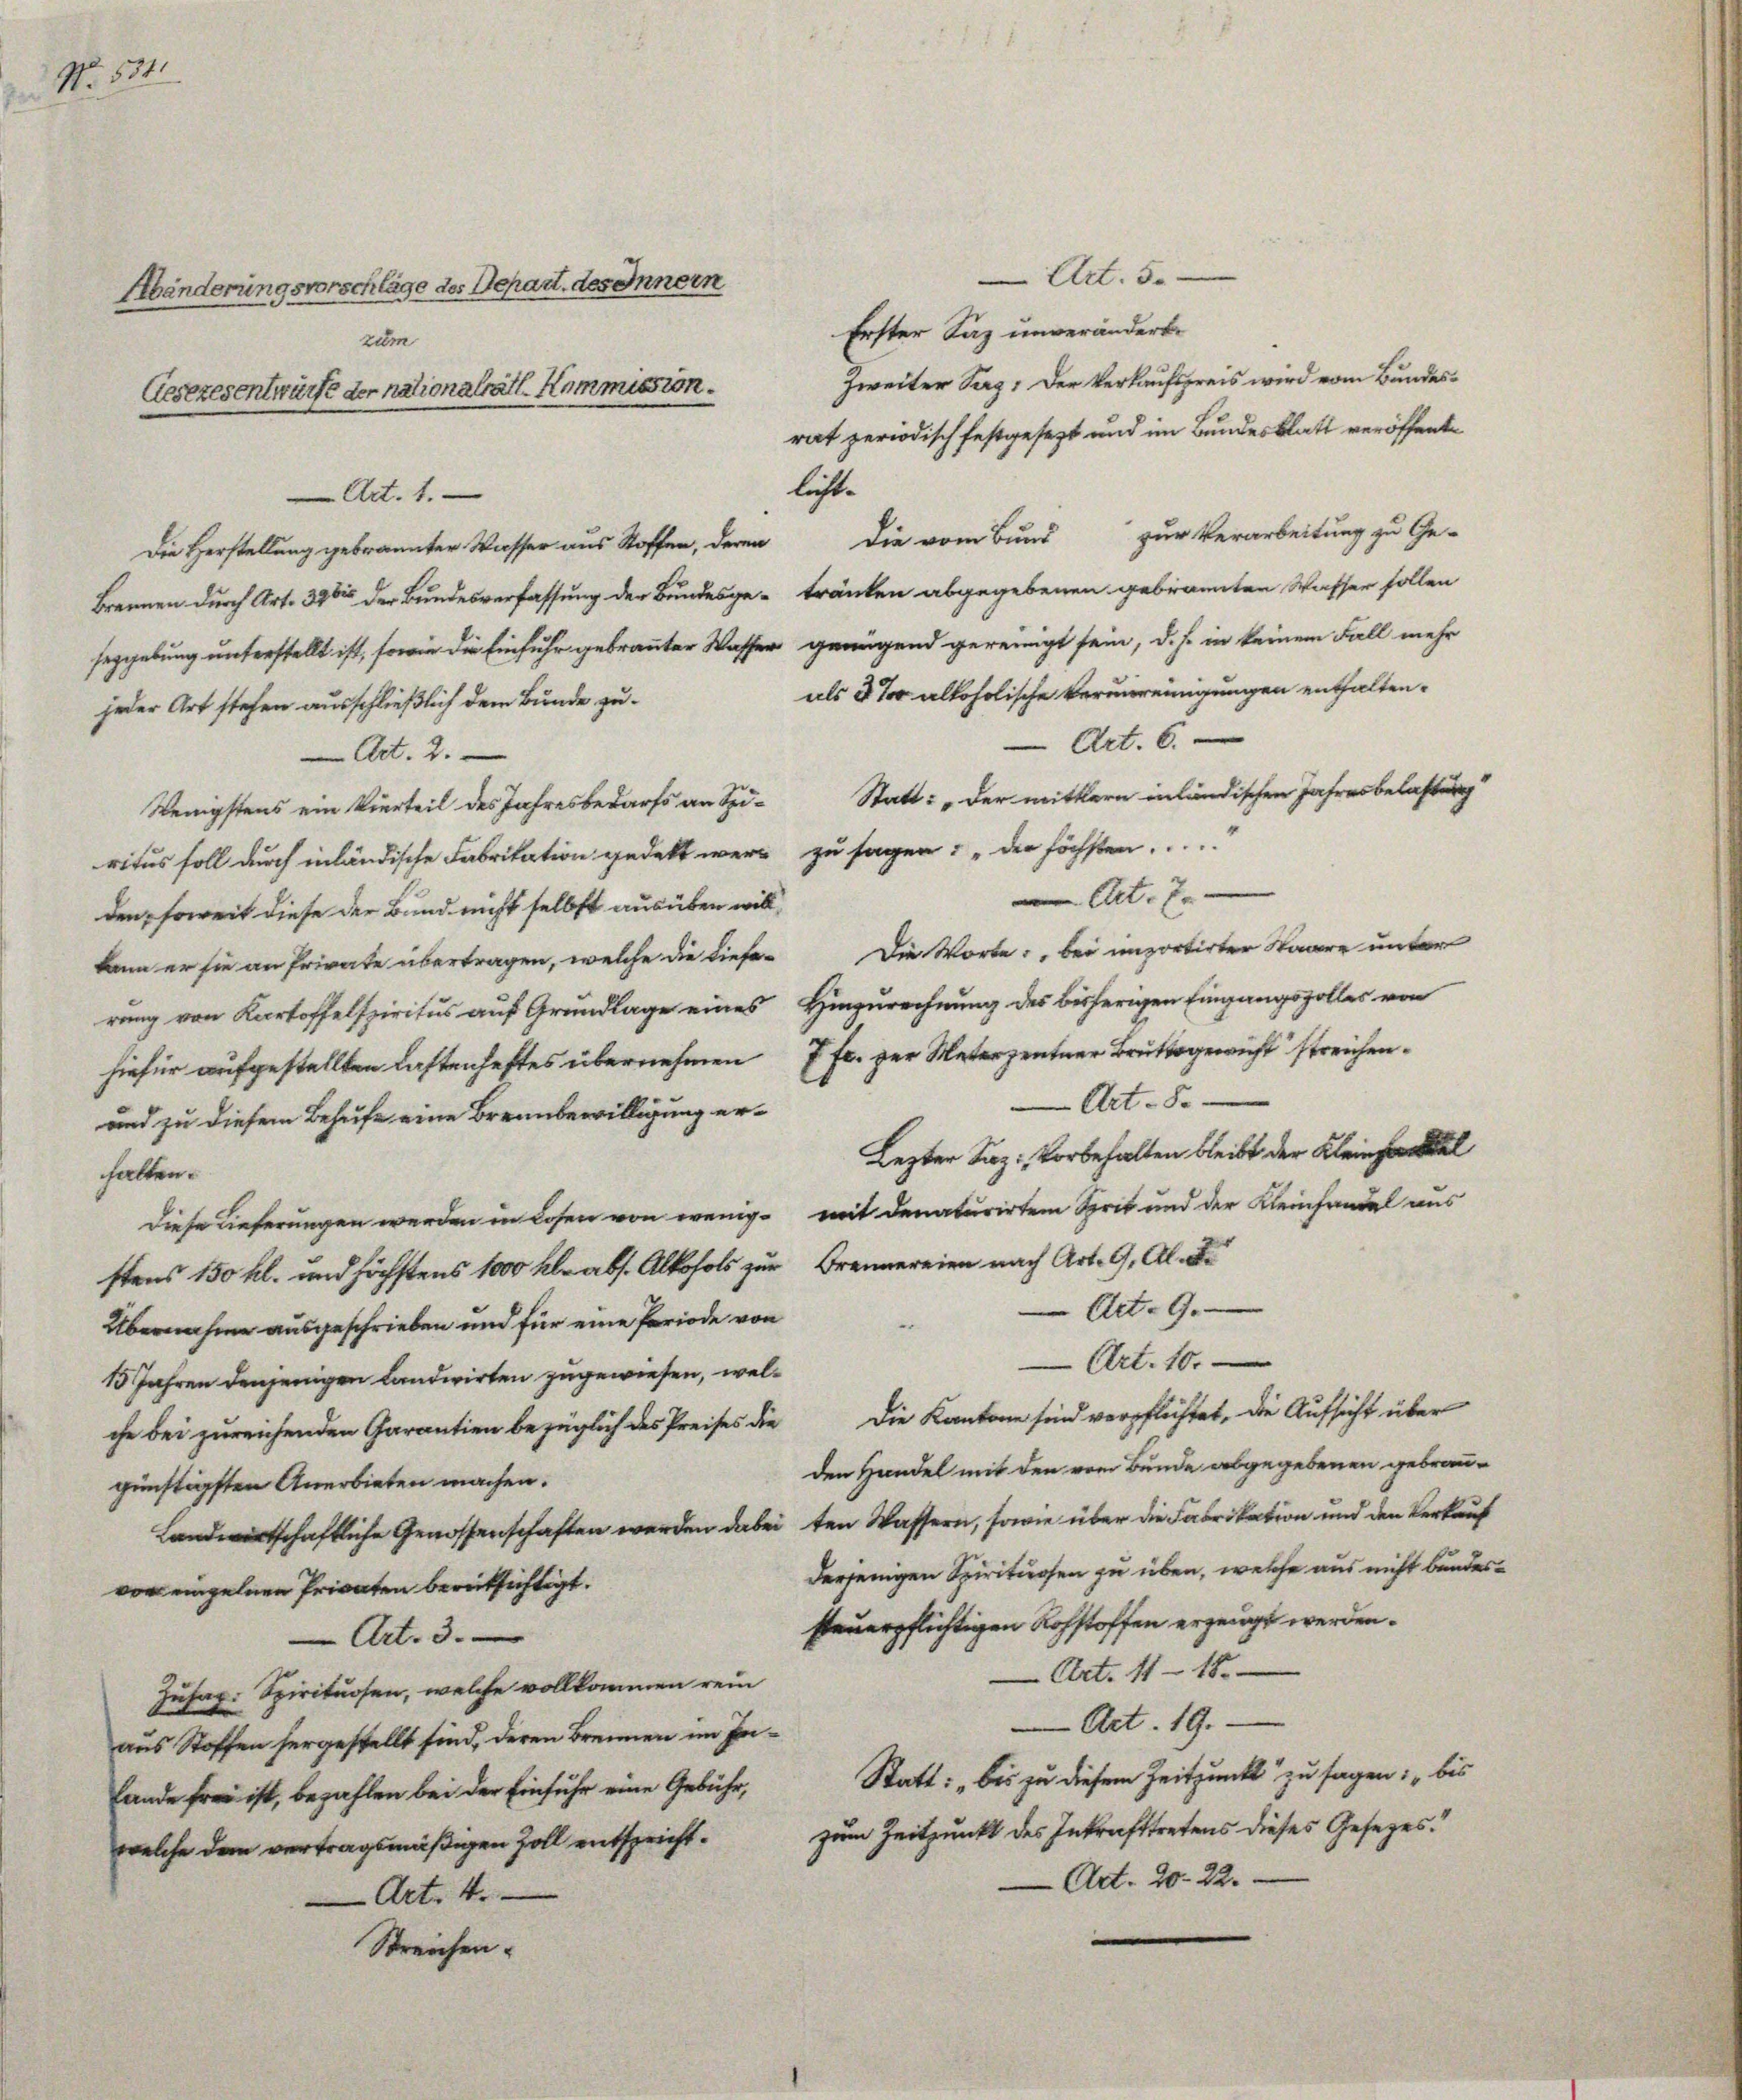
No. 534.

Händerungsvorschläge des Depart. des Innern
zum
Gesezesentwürfe der nationalrätl. Kommission.

Art. 5.
Erster Laz unverändert.
Zweiter Sag: Der Verkaufspreis wird vom Bundesrat periodisch festgesezt und im Bundesblatt veröffentlicht.
Die Herstellung gebrannter Wasser aus Stoffen, deren die vom Bund zur Verarbeitung zu Ge-
rennen durch Art. 396 der Bundesverfassung der Bundesge- tränken abgegebenen gebrannten Wasser sollen
gebung unterstellt ist, sowie die Einfuhr gebranter Wasser genügend gereinigt sein, d.h. in keinem Fall mehr
als et alloholische Verunreinigungen enthalten.
oder Art stehen ausschließlich dem Bunde zu¬
Art. 6.
Art. 2.
Statt: „Der mittlern inländischen Jahresbelastung
Wenigstens ein Vierteil des Jahresbedarfs an Spi-
¬
ritus soll durch inländische Fabrikation gedeckt wer zu sagen: „Der höchsten.
Art. 7.
den, soweit diese der Bund nicht selbst ausüben will,
n er sie an Private übertragen, welche die tiefe. Die Worte: bei importirter Waare unter
rung von Kartoffelspiritus auf Grundlage eines Hinzurechnung des bisherigen Eingangszolles von
hiefür aufgestellten lastenhaftes übernehmen 7 Fr. zur Unterzentner Brütterricht streichen¬
Art. 8.
und zu diesem Behufe eine Brennbewilligung er¬
Lezter Saz: Vorbehalten bleibt der Kleinsamel
halten.
Diese Lieferungen werden in Losen von wenige mit denaturirten Sprit und der Kleinhandel aus
ttens 150 kl. und höchstens 1000 Kl. ab. Alkohols zur Brennereien nach Art. 9, Al. 2.
Art. 9.
Übernahme ausgeschrieben und für eine Periode von
Art. 10.
15 Jahren denjenigen Landwirten zugewiesen, welche bei zureichenden Garantien bezüglich des Preises die die Kantone sind verpflichtet, die Aufsicht über
den Handel mit den vom Bunde abgegebenen gebrau-
günstigsten Anerbieten machen.
Landwirtschaftliche Genossenschaften werden dabei ten Wassern, sowie über die Fabrikation und den Verkauf
derjenigen Spirituosen zu über, welche aus nicht bundesvor einzelnen Privaten berücksichtigt.
feuerpflichtigen Rohstoffen erzeugt werden.
Art. 3.
Art. 11 - 18.
Husap. Spirituosen, welche vollkommen rein
Art. 19.
aus Stoffen hergestellt sind, deren Brennen im In¬
Statt: bis zu diesem Zeitpunkt zu sagen: "bis
Lande frei ist, bezahlen bei der Einfuhr eine Gebühr,
welche dem vertragsmäßigen Zoll entspricht. zum Zeitpunkt des Inkrafttretens dieses Gesezes¬
Ad. 20. 22.
Art. 4.
Streichen.

Art. 1.